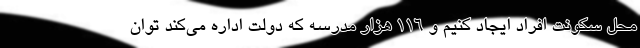
محل سکونت افراد ایجاد کنیم و 116 هزار مدرسه که دولت اداره می‌کند توان